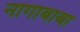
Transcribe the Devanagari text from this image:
नागाबाबा